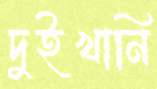
দুইখানি